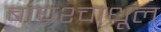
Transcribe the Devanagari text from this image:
बाघ्रश्चाधूल